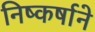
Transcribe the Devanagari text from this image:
निष्कर्षाने